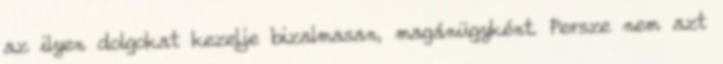
az ilyen dolgokat kezelje bizalmasan, magánügyként. Persze nem azt